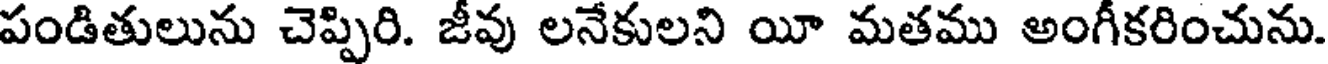
పండితులును చెప్పిరి. జీవు లనేకులని యీ మతము అంగీకరించును.